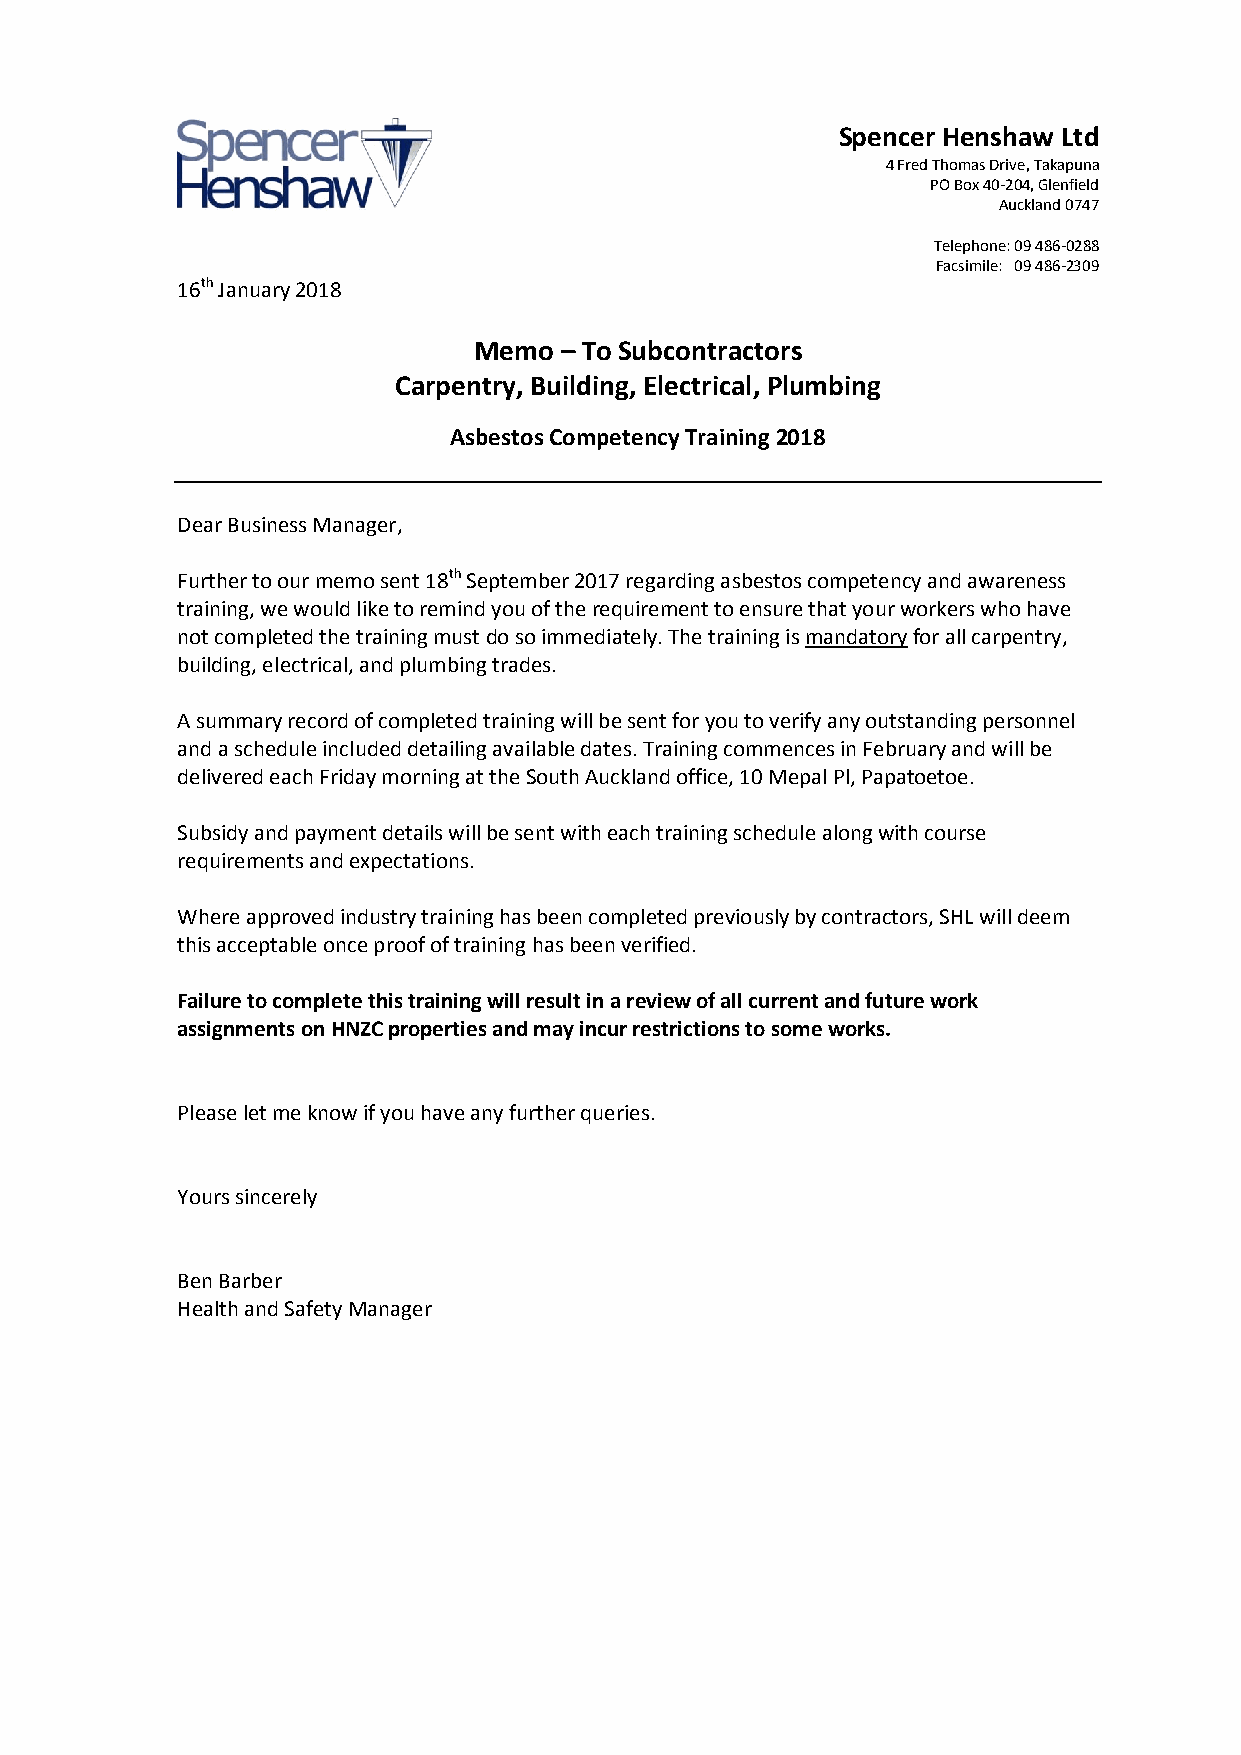
Spencer Henshaw Ltd
 4 Fred Thomas Drive, Takapuna
 PO Box 40-204, Glenfield
 Auckland 0747
 Telephone: 09 486-0288
 Facsimile: 09 486-2309
 16th January 2018
 Memo  – To Subcontractors
 Carpentry, Building, Electrical, Plumbing
 Asbestos Competency Training 2018
 Dear Business Manager,
 Further to our memo sent 18th September 2017 regarding asbestos competency and awareness
 training, we would like to remind you of the requirement to ensure that your workers who have
 not completed the training must do so immediately. The training is mandatory for all carpentry,
 building, electrical, and plumbing trades.
 A summary record of completed training will be sent for you to verify any outstanding personnel
 and a schedule included detailing available dates. Training commences in February and will be
 delivered each Friday morning at the South Auckland office, 10 Mepal Pl, Papatoetoe.
 Subsidy and payment details will be sent with each training schedule along with course
 requirements and expectations.
 Where approved industry training has been completed previously by contractors, SHL will deem
 this acceptable once proof of training has been verified.
 Failure to complete this training will result in a review of all current and future work
 assignments on HNZC properties and may incur restrictions to some works.
 Please let me know if you have any further queries.
 Yours sincerely
 Ben Barber
 Health and Safety Manager